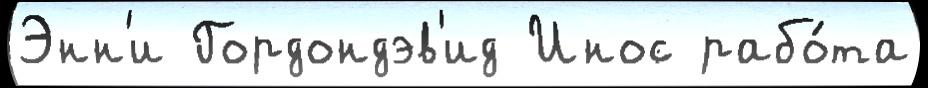
Энн'и Гордондэв'ид Инос рабо́та